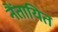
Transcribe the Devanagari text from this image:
नैंतायित